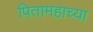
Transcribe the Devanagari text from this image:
पितामहाच्या